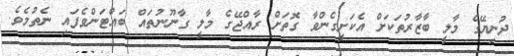
ދުނިޔޭގެ މާލީ ބާޒާރުތަކަށް އެކަށީގެންވާ ގޮތަށް ރާއްޖޭގެ މާލީ ގާނޫނުތައް ބައްޓަންވެފައި ނެތުމެވެ.